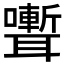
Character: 𮋽